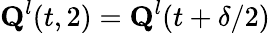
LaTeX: \textbf{Q}^{l}(t,2)=\textbf{Q}^{l}(t+\delta/2)